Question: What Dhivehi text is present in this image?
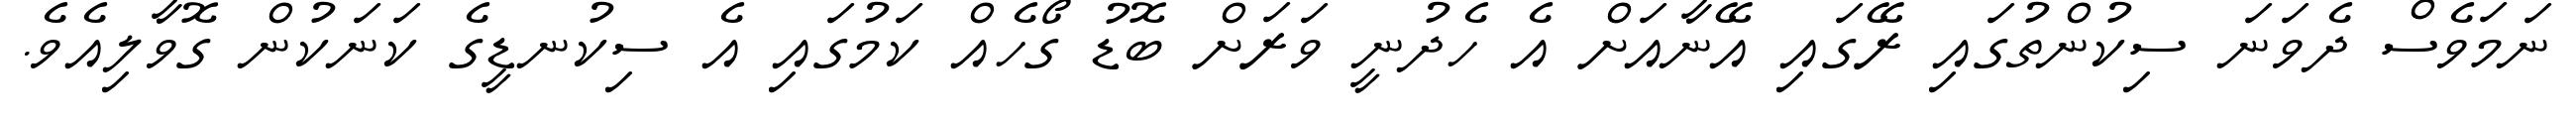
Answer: ނަމަވެސް ދެވަނަ ސިކުންތުގައި ރޭގައި އޭނާއަށް އެ ހެދުނީ ވަރަށް ބޮޑު ގޯހެއް ކަމުގައި އެ ސިކުނޑީގެ ކަނަކުން ގޮވާލިއެވެ.